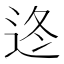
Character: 𨒟